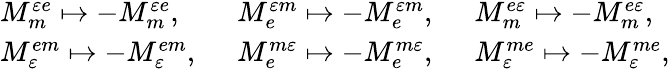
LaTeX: \begin{array}{lll}{M_{m}^{\varepsilon e}\mapsto-M_{m}^{\varepsilon e},\enspace}&{M_{e}^{\varepsilon m}\mapsto-M_{e}^{\varepsilon m},\enspace}&{M_{m}^{e\varepsilon}\mapsto-M_{m}^{e\varepsilon},\enspace}\\ {M_{\varepsilon}^{em}\mapsto-M_{\varepsilon}^{em},\enspace}&{M_{e}^{m\varepsilon}\mapsto-M_{e}^{m\varepsilon},\enspace}&{M_{\varepsilon}^{me}\mapsto-M_{\varepsilon}^{me},}\end{array}